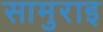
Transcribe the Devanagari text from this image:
सामुराइ